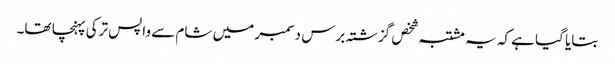
بتایا گیا ہے کہ یہ مشتبہ شخص گزشتہ برس دسمبر میں شام سے واپس ترکی پہنچا تھا۔